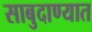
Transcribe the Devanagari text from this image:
साबुदाण्यात